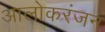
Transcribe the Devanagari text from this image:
आलोकरंजन